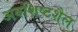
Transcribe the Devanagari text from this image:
अवशिष्टशैल